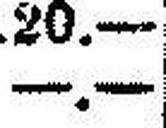
—.—